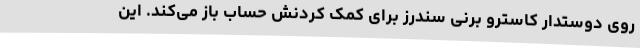
روی دوستدار کاسترو برنی سندرز برای کمک کردنش حساب باز می‌کند. این